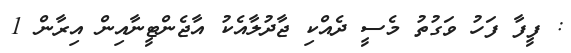
: ފީފާ ފަހު ވަގުތު މެސީ ދެއްކި ޖާދުލާއެކު އާޖެންޓީނާއިން އިރާން 1